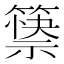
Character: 𰪘